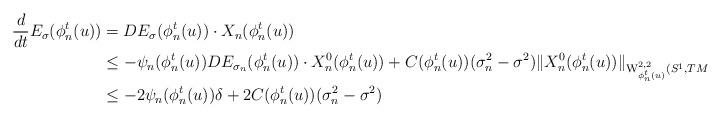
LaTeX: \begin{align*}\frac{d}{dt}E_{\sigma}(\phi_n^t(u))&=DE_\sigma(\phi_n^t(u))\cdot X_n(\phi_n^t(u))\\&\leq -\psi_n(\phi_n^t(u))DE_{\sigma_n}(\phi_n^t(u))\cdot X_n^0(\phi_n^t(u))+C(\phi_n^t(u))(\sigma_n^2-\sigma^2)\Vert{X_n^0(\phi_n^t(u))}\Vert_{\mathrm{W}^{2,2}_{\phi_n^t(u)}(S^1,TM)}\\&\leq -2\psi_n(\phi_n^t(u))\delta+2C(\phi_n^t(u))(\sigma_n^2-\sigma^2)\end{align*}